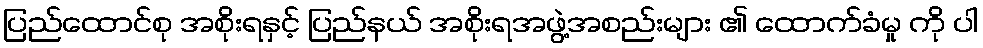
ပြည်ထောင်စု အစိုးရနှင့် ပြည်နယ် အစိုးရအဖွဲ့အစည်းများ ၏ ထောက်ခံမှု ကို ပါ